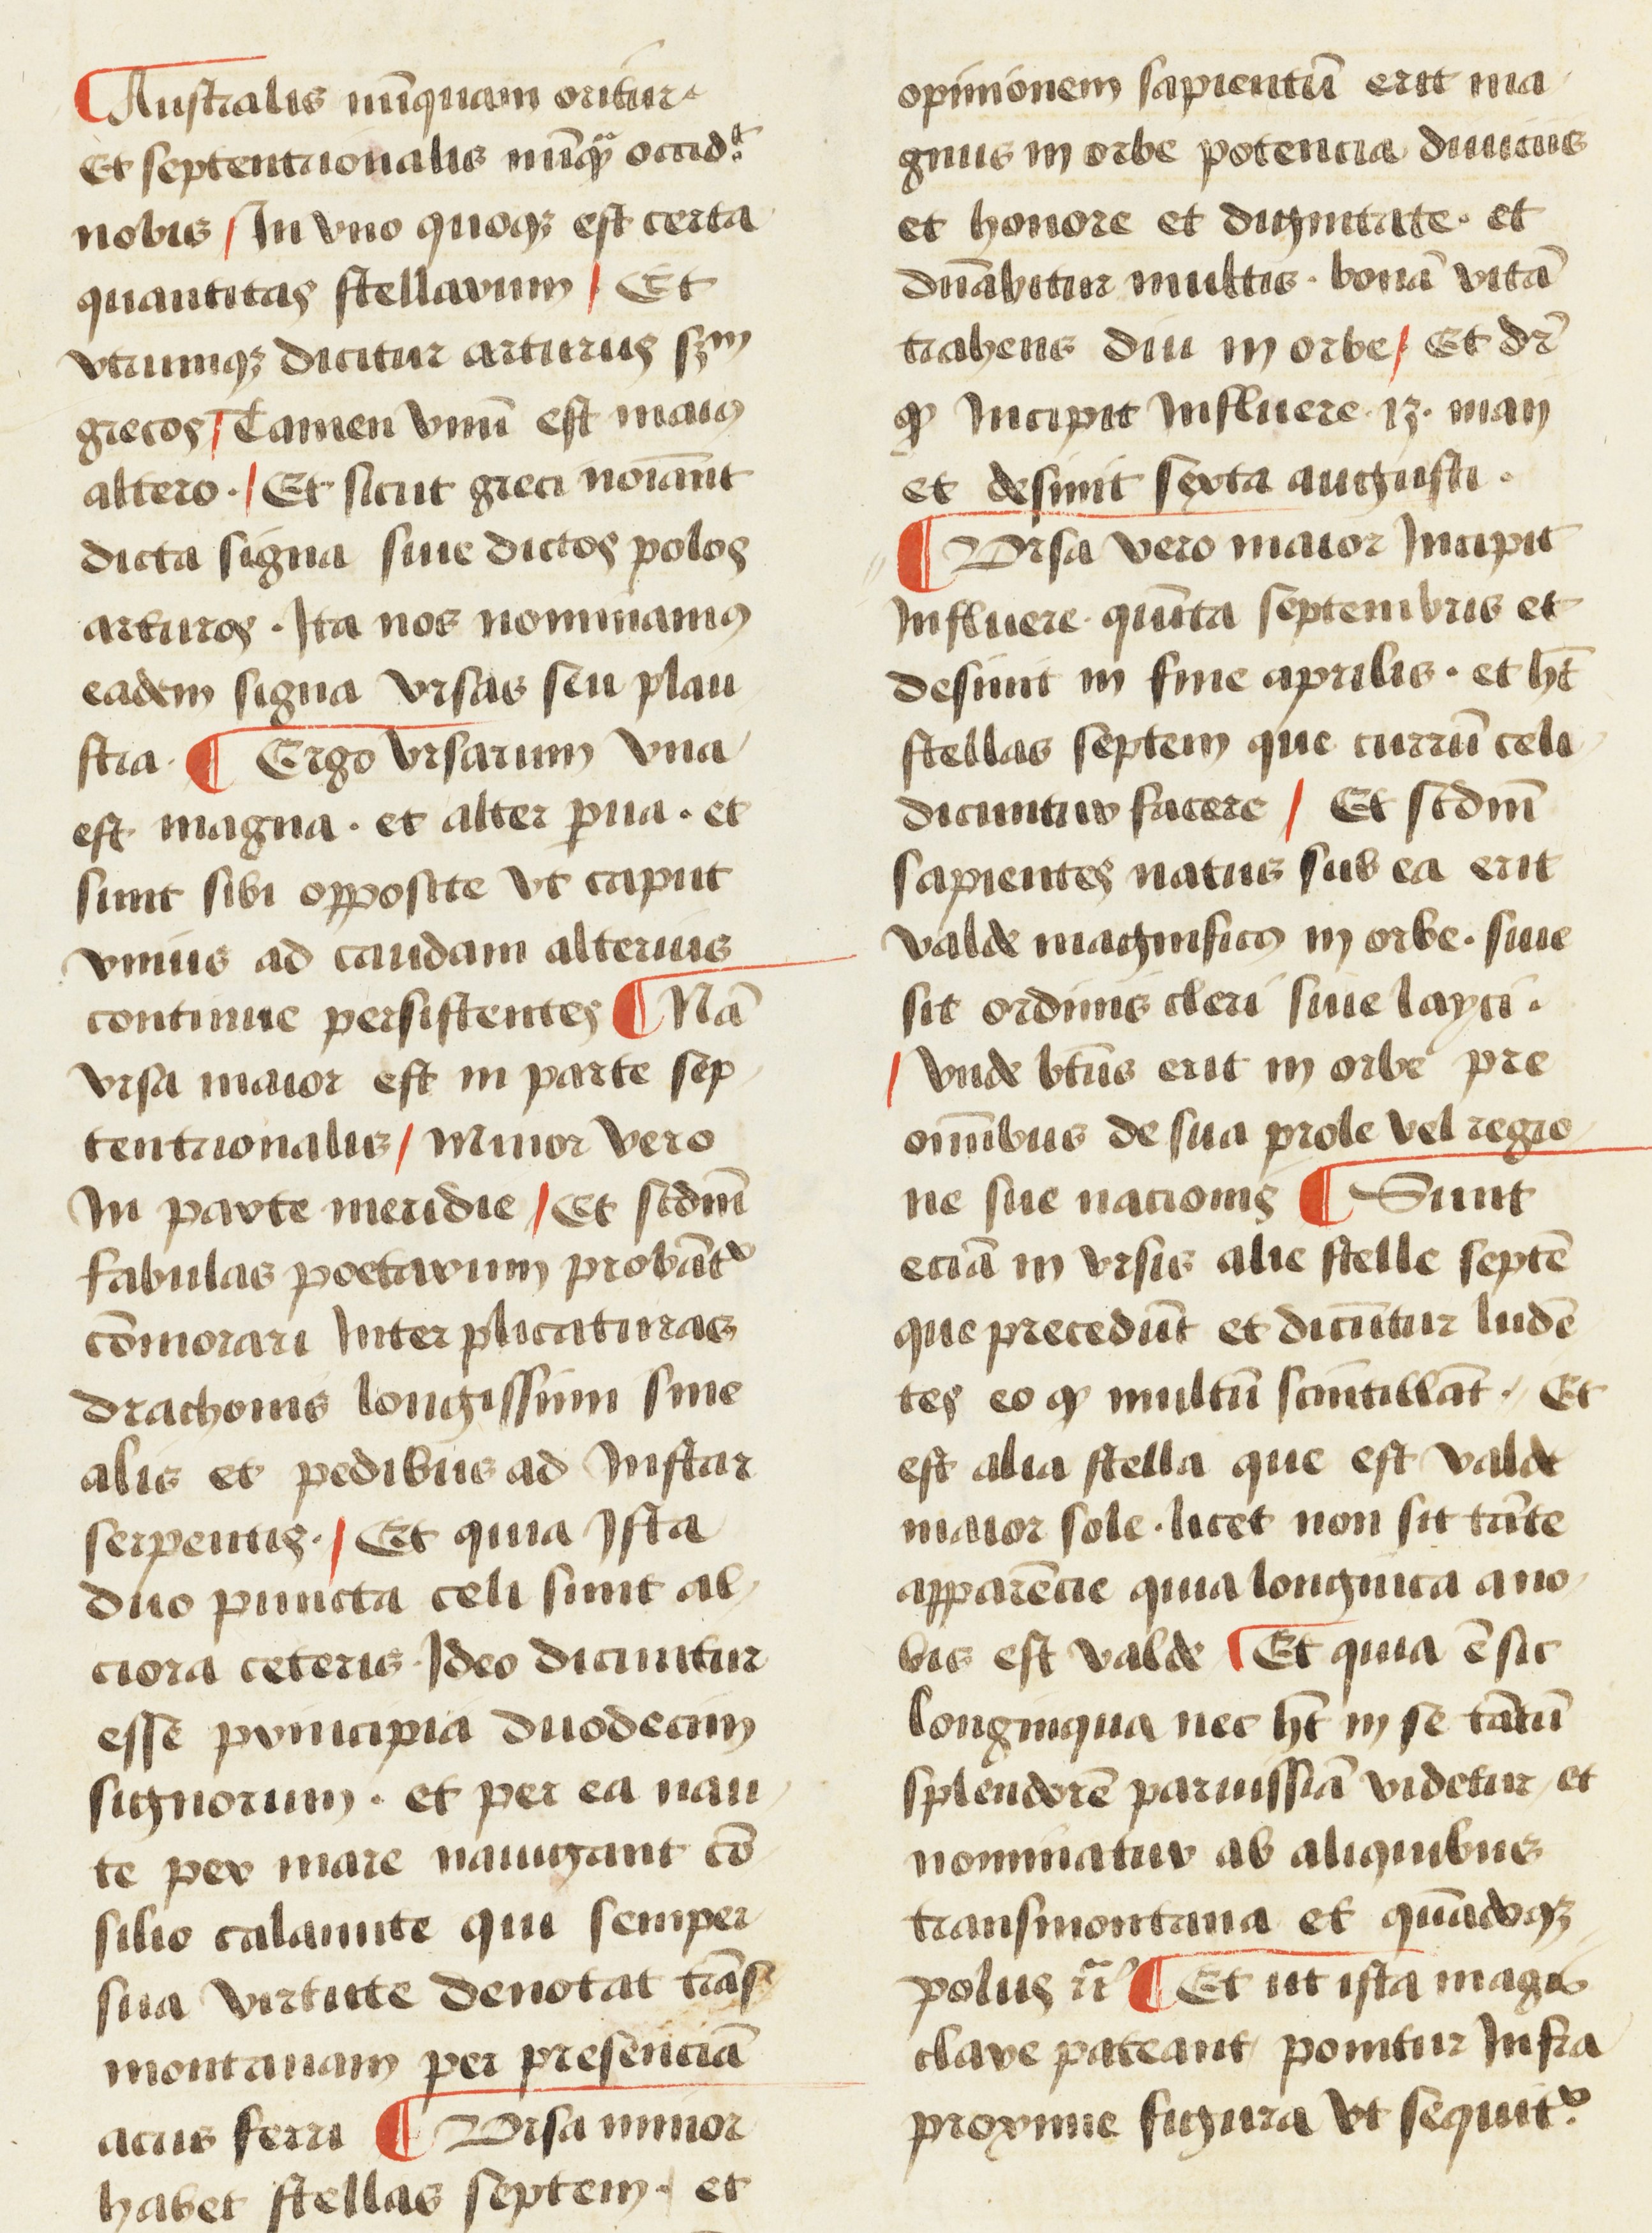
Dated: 1450–1474